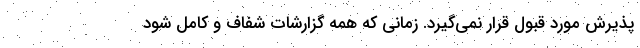
پذیرش مورد قبول قرار نمی‌گیرد. زمانی که همه گزارشات شفاف و کامل شود